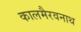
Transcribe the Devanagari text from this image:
कालमैरवनाथ